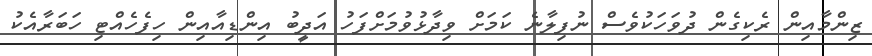
ޒިންމާއިން ރެކިގެން ދުވަހަކުވެސް ނުފިލާނެ ކަމަށް ވިދާޅުވުމަށްފަހު އަދީބު އިންޑިއާއިން ހިފެހެއްޓި ހަބަރާއެކު